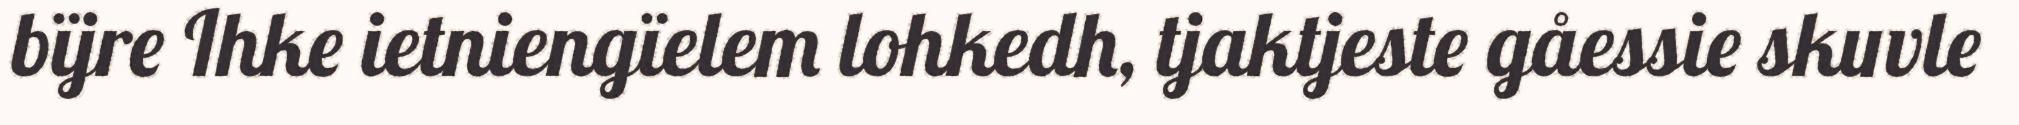
bïjre Ihke ietniengïelem lohkedh, tjaktjeste gåessie skuvle